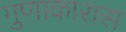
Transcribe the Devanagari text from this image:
गुणाकारास